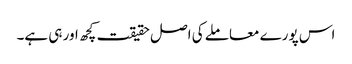
اس پورے معاملے کی اصل حقیقت کچھ اور ہی ہے۔